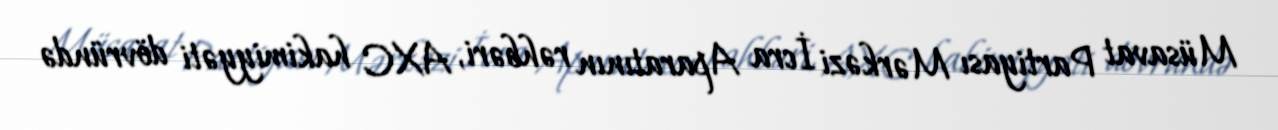
Müsavat Partiyası Mərkəzi İcra Aparatının rəhbəri, AXC hakimiyyəti dövründə